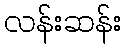
လန်းဆန်း